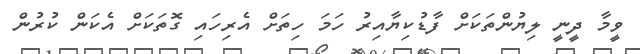
ވީމާ ދީނީ ލިޔުންތަކަށް ފާޑުކިޔާއިރު ހަމަ ހިތަށް އެރިހައި ގޮތަކަށް އެކަން ކުރުން